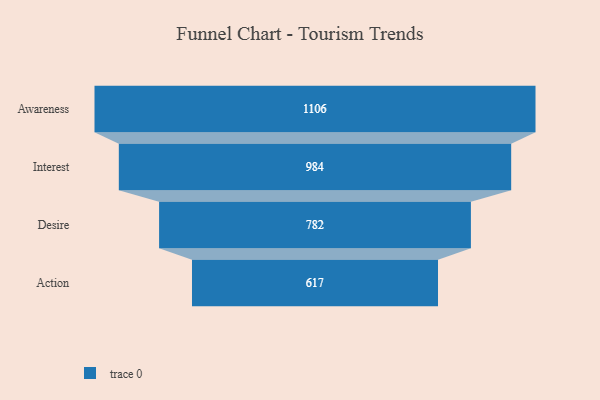
{"axis": {"x": "Stage", "y": "Value"}, "legend": [""], "data": [{"x": "Awareness", "y": 1106.0, "type": ""}, {"x": "Interest", "y": 984.0, "type": ""}, {"x": "Desire", "y": 782.0, "type": ""}, {"x": "Action", "y": 617.0, "type": ""}]}